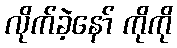
လိုက်ခဲ့နော် ကိုကို